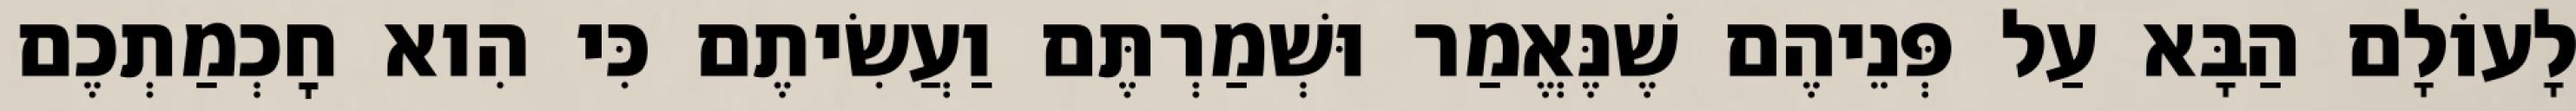
לָעוֹלָם הַבָּא עַל פְּנֵיהֶם שֶׁנֶּאֱמַר וּשְׁמַרְתֶּם וַעֲשִׂיתֶם כִּי הִוא חׇכְמַתְכֶם